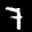
Label: 7